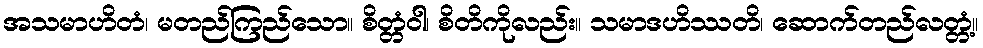
အသမာဟိတံ၊ မတည်ကြည်သော။ စိတ္တံဝါ၊ စိတိကိုလည်း။ သမာဒဟိဿတိ၊ ဆောက်တည်လတ္တံ့။